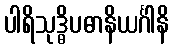
ပါရိသုဒ္ဓိပဓာနိယင်္ဂါနိ